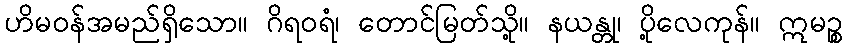
ဟိမဝန်အမည်ရှိသော။ ဂိရဝရံ၊ တောင်မြတ်သို့။ နယန္တု၊ ပို့လေကုန်။ ဣမဉ္စ